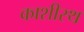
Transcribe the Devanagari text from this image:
काशीस्थ